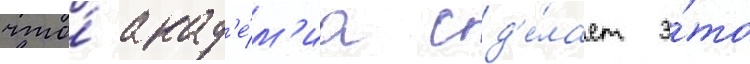
что́ акад'е́м'иа сд'е́лает э́то